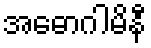
အဓောဂါမိနီ